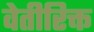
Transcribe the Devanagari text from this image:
वेतीरिक्त